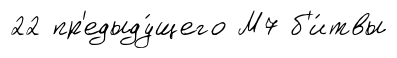
22 пр'едыду́щего М7 б'и́твы